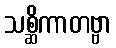
သစ္ဆိကာတဗ္ဗာ